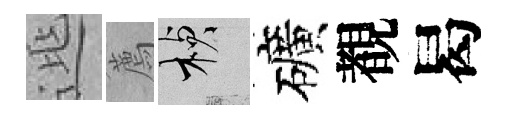
𨓱薦楨礦覩曷